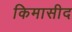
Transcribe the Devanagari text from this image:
किमासीद